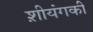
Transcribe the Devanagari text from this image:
श़ीयंगकी